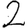
Digit: 2